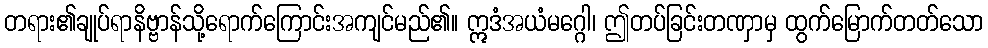
တရား၏ချုပ်ရာနိဗ္ဗာန်သို့ရောက်ကြောင်းအကျင်မည်၏။ ဣဒံအယံမဂ္ဂေါ၊ ဤတပ်ခြင်းတဏှာမှ ထွက်မြောက်တတ်သော